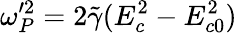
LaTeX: {\omega}_{P}^{\prime 2}=2\tilde{\gamma}(E_{c}^{2}-E_{c0}^{2})